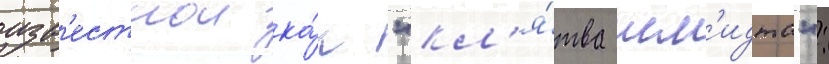
изв'естнои ка́к "кл'я́тва шм'идта":